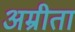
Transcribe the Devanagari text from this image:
अम्रीता